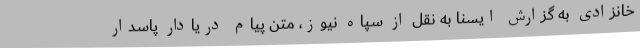
خانزادی به گزارش ایسنا به نقل از سپاه نیوز، متن پیام دریادار پاسدار